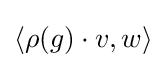
\langle \rho (g)\cdot v,w\rangle